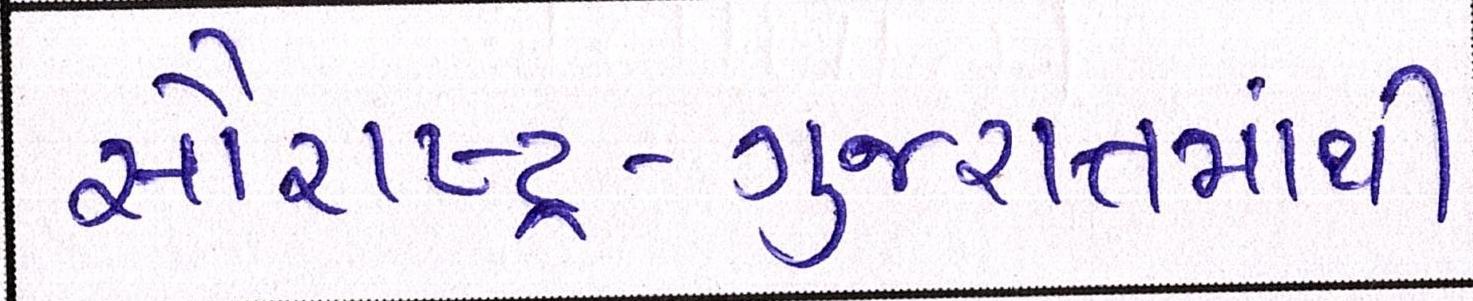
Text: સૌરાષ્ટ્ર-ગુજરાતમાંથી